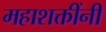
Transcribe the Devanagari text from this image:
महाशक्तींनी